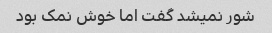
شور نمیشد گفت اما خوش نمک بود